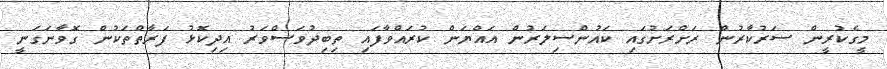
މީގެކުރީން ސަރުކާރުން ރަށްރަށުގައި ކައުންސިލަރުން އައްޔަން ކުރައްވާފައި ތިބިދުވަސްވަރު އިދިކޮޅު ފަރާތްތަކުން ގޮވާނަގަނީ